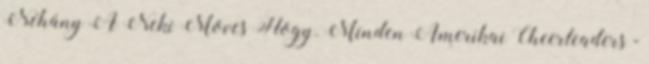
Néhány A Neki Moves Hogy. Minden Amerikai Cheerleaders -